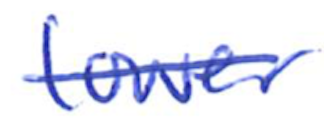
Text: lower
Cross-out: mix
Writing tool: ballpoint